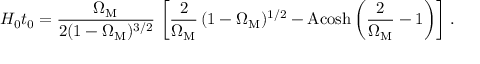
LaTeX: H _ { 0 } t _ { 0 } = \frac { \Omega _ { \mathrm { M } } } { 2 ( 1 - \Omega _ { \mathrm { M } } ) ^ { 3 / 2 } } \, \left[ \frac { 2 } { \Omega _ { \mathrm { M } } } \, ( 1 - \Omega _ { \mathrm { M } } ) ^ { 1 / 2 } - \mathrm { A c o s h } \left( \frac { 2 } { \Omega _ { \mathrm { M } } } - 1 \right) \right] \, .